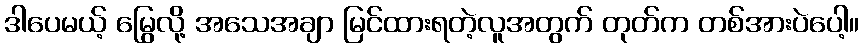
ဒါပေမယ့် မြွေလို့ အသေအချာ မြင်ထားရတဲ့လူအတွက် တုတ်က တစ်အားပဲပေါ့။